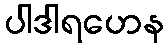
ပါဒါရဟေန